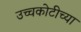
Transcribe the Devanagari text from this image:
उच्चकोटीच्या